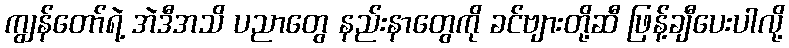
ကျွန်တော်ရဲ့ အဲဒီအသိ ပညာတွေ နည်းနာတွေကို ခင်ဗျားတို့ဆီ ဖြန့်ချီပေးပါလို့